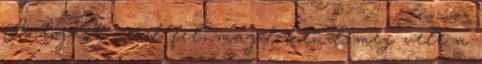
A tojást verd fel, majd kend meg vele a